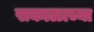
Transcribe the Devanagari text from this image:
सकाळाच्या